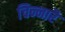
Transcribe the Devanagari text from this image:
चिन्नारै